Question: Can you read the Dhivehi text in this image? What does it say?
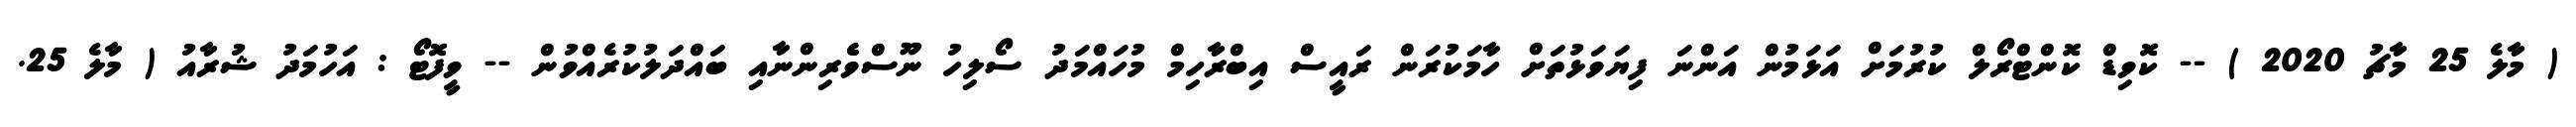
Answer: ( މާލެ 25 މާޗު 2020 ) -- ކޮވިޑް ކޮންޓްރޯލް ކުރުމަށް އަޅަމުން އަންނަ ފިޔަވަޅުތަށް ހާމަކުރަން ރައީސް އިބްރާހިމް މުހައްމަދު ސޯލިހު ނޫސްވެެރިންނާއި ބައްދަލުކުރެއްވުން -- ވީފޮޓޯ : އަހުމަދު ޝުރާއު ( މާލެ 25.